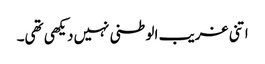
اتنی غریب الوطنی نہیں دیکھی تھی۔